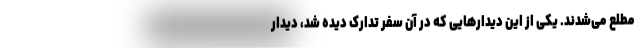
مطلع می‌شدند. یکی از این دیدارهایی که در آن سفر تدارک دیده شد، دیدار